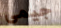
جيمى